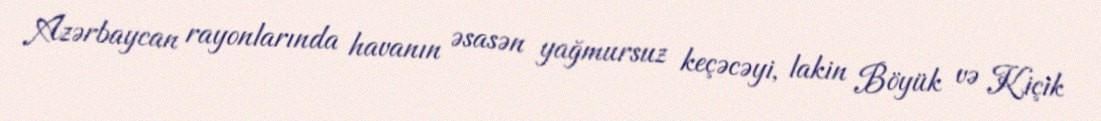
Azərbaycan rayonlarında havanın əsasən yağmursuz keçəcəyi, lakin Böyük və Kiçik